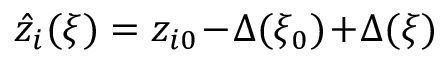
\hat { z } _ { i } ( \xi ) = z _ { i 0 } \! - \! \Delta ( \xi _ { 0 } ) \! + \! \Delta ( \xi )